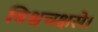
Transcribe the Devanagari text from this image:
विश्वचक्षसे।